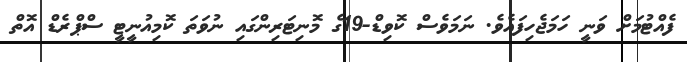
ފެއްޓުމަށް ވަނީ ހަމަޖެހިފައެވެ. ނަމަވެސް ކޮވިޑް-19ގެ މޮނިޓަރިންގައި ނުވަތަ ކޮމިއުނީޓީ ސްޕްރެޑް އޮތް